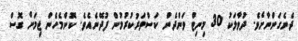
ދެނެގަންނާށެވެ. ދުވާލަކު 30 މިނިޓް ވަންދެން ކަސްތަރުކުރުމުން ފުދޭނެއެވެ. ކޮންމެހެން ޖިމަށް ގޮސް